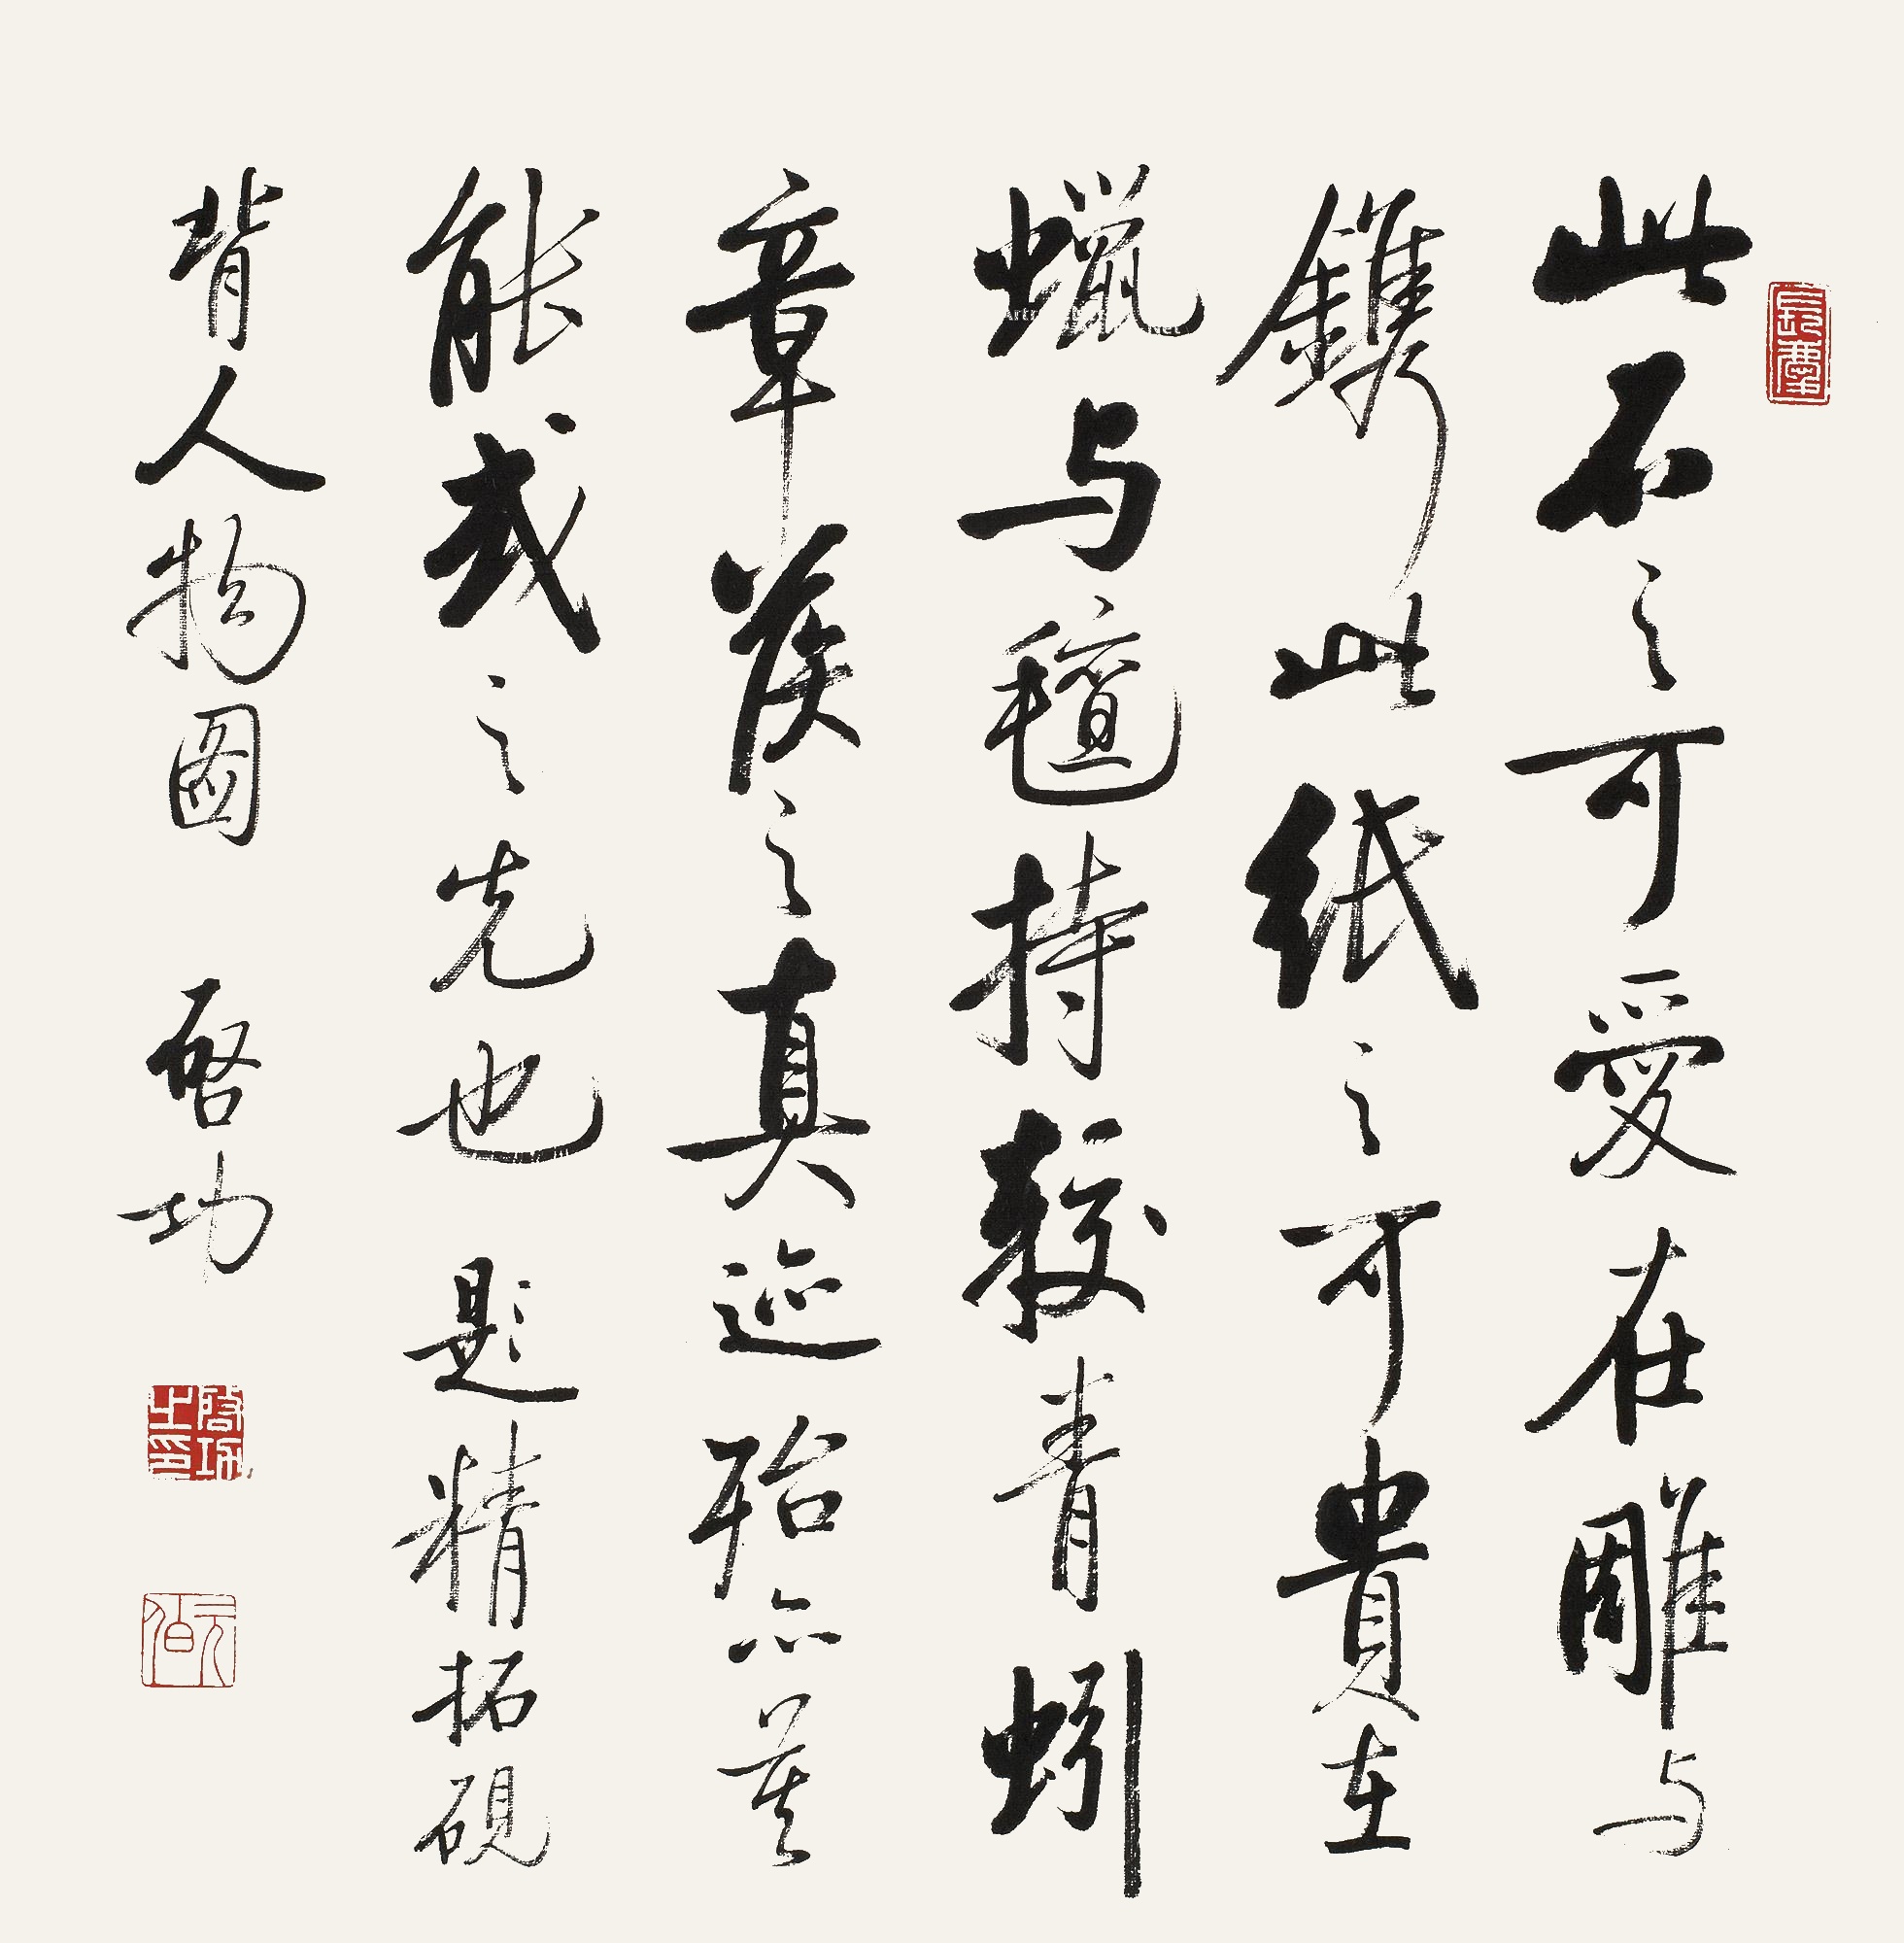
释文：此石之可爱在雕与镌，此纸之可贵在蜡与毡。持较青蚓章候之真迹，殆亦莫能或之先也。题精拓砚背人物图。启功。